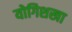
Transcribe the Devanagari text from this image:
योगिशखा